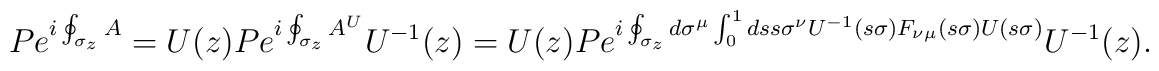
P e^{i\oint_{\sigma_z}A}=U(z) P e^{i\oint_{\sigma_z}A^U}U^{-1}(z)= U(z)P e^{i\oint_{\sigma_z}d\sigma^\mu\int_0^1ds s\sigma^\nu U^{-1}(s\sigma)F_{\nu\mu} (s\sigma)U(s\sigma)}U^{-1}(z).